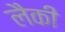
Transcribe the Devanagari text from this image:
लैकी